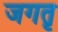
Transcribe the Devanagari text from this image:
जगतृ